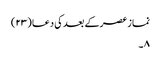
نماز عصرکے بعد کی دعا (۲۳)
۸ ۔